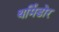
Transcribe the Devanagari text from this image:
थर्मिडोर